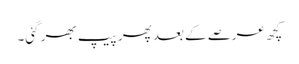
کچھ عرصے کے بعد پھر پیپ بھر گئی۔